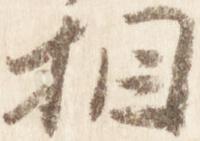
相